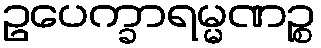
ဥပေက္ခာရမ္မဏဉ္စ